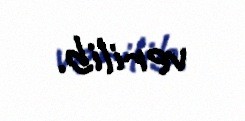
verilib.